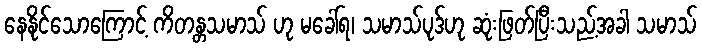
နေနိုင်သောကြောင့် ကိတန္တသမာသ် ဟု မခေါ်ရ၊ သမာသ်ပုဒ်ဟု ဆုံးဖြတ်ပြီးသည့်အခါ သမာသ်